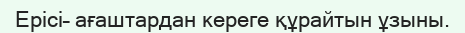
Ерісі– ағаштардан кереге құрайтын ұзыны.